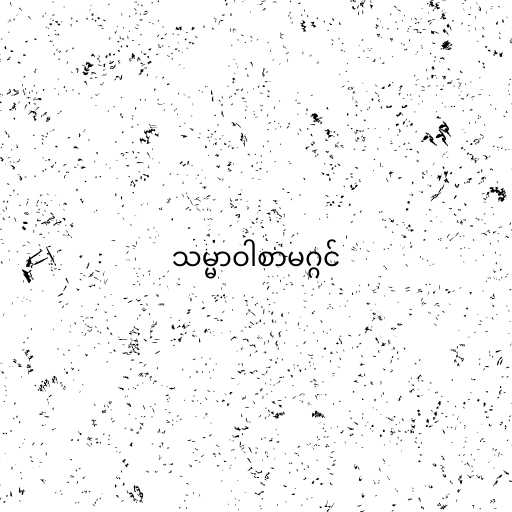
သမ္မာဝါစာမဂ္ဂင်